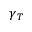
\gamma _ { T }